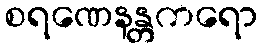
စရဏေနန္တကရော